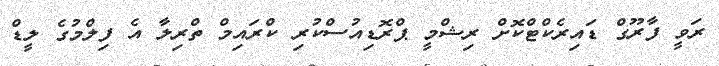
ރަވީ ފާރޫގް ޑައިރެކްޓްކޮށް ރިޝްމީ ޕްރޮޑިއުސްކުރި ކްރައިމް ތްރިލާ އެ ފިލްމުގެ ލީޑް